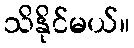
သိနိုင်မယ်။